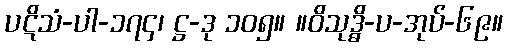
ပဋိသံ-ပါ-၁၇၄၊ ဋ္ဌ-ဒု ၁၀၅။ ။ဝိသုဒ္ဓိ-ပ-အုပ်-၆၉။